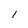
Character: l